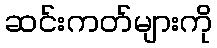
ဆင်းကတ်များကို